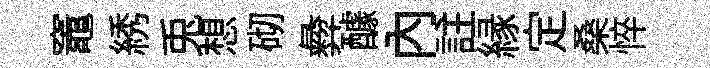
竈綉兎想砌彜醵内註縁定桑悴